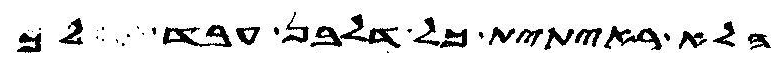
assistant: הלא ראית ית כל דלבן עבד לך